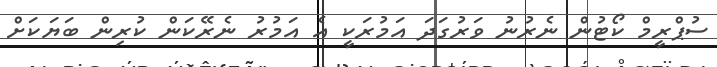
ސުޕްރީމް ކޯޓުން ނެރުނު ވަރުގަދަ އަމުރަކީ އެ އަމުރު ނެރޭކަން ކުރިން ބަޔަކަށް